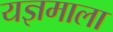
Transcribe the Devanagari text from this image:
यज्ञमाला